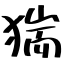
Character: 猯